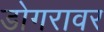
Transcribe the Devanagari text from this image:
डोगरावर